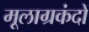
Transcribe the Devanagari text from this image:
मूलाग्रकंदों